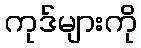
ကုဒ်များကို